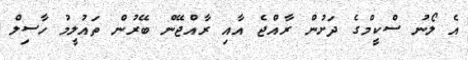
އެ ލޯނު ސްކީމްގެ ދަށުން ރާއްޖެ އާއި ރާއްޖޭން ބޭރުން ތައުލީމު ހާސިލް